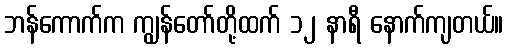
ဘန်ကောက်က ကျွန်တော်တို့ထက် ၁၂ နာရီ နောက်ကျတယ်။